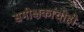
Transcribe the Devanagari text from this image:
समीक्षकांचीही